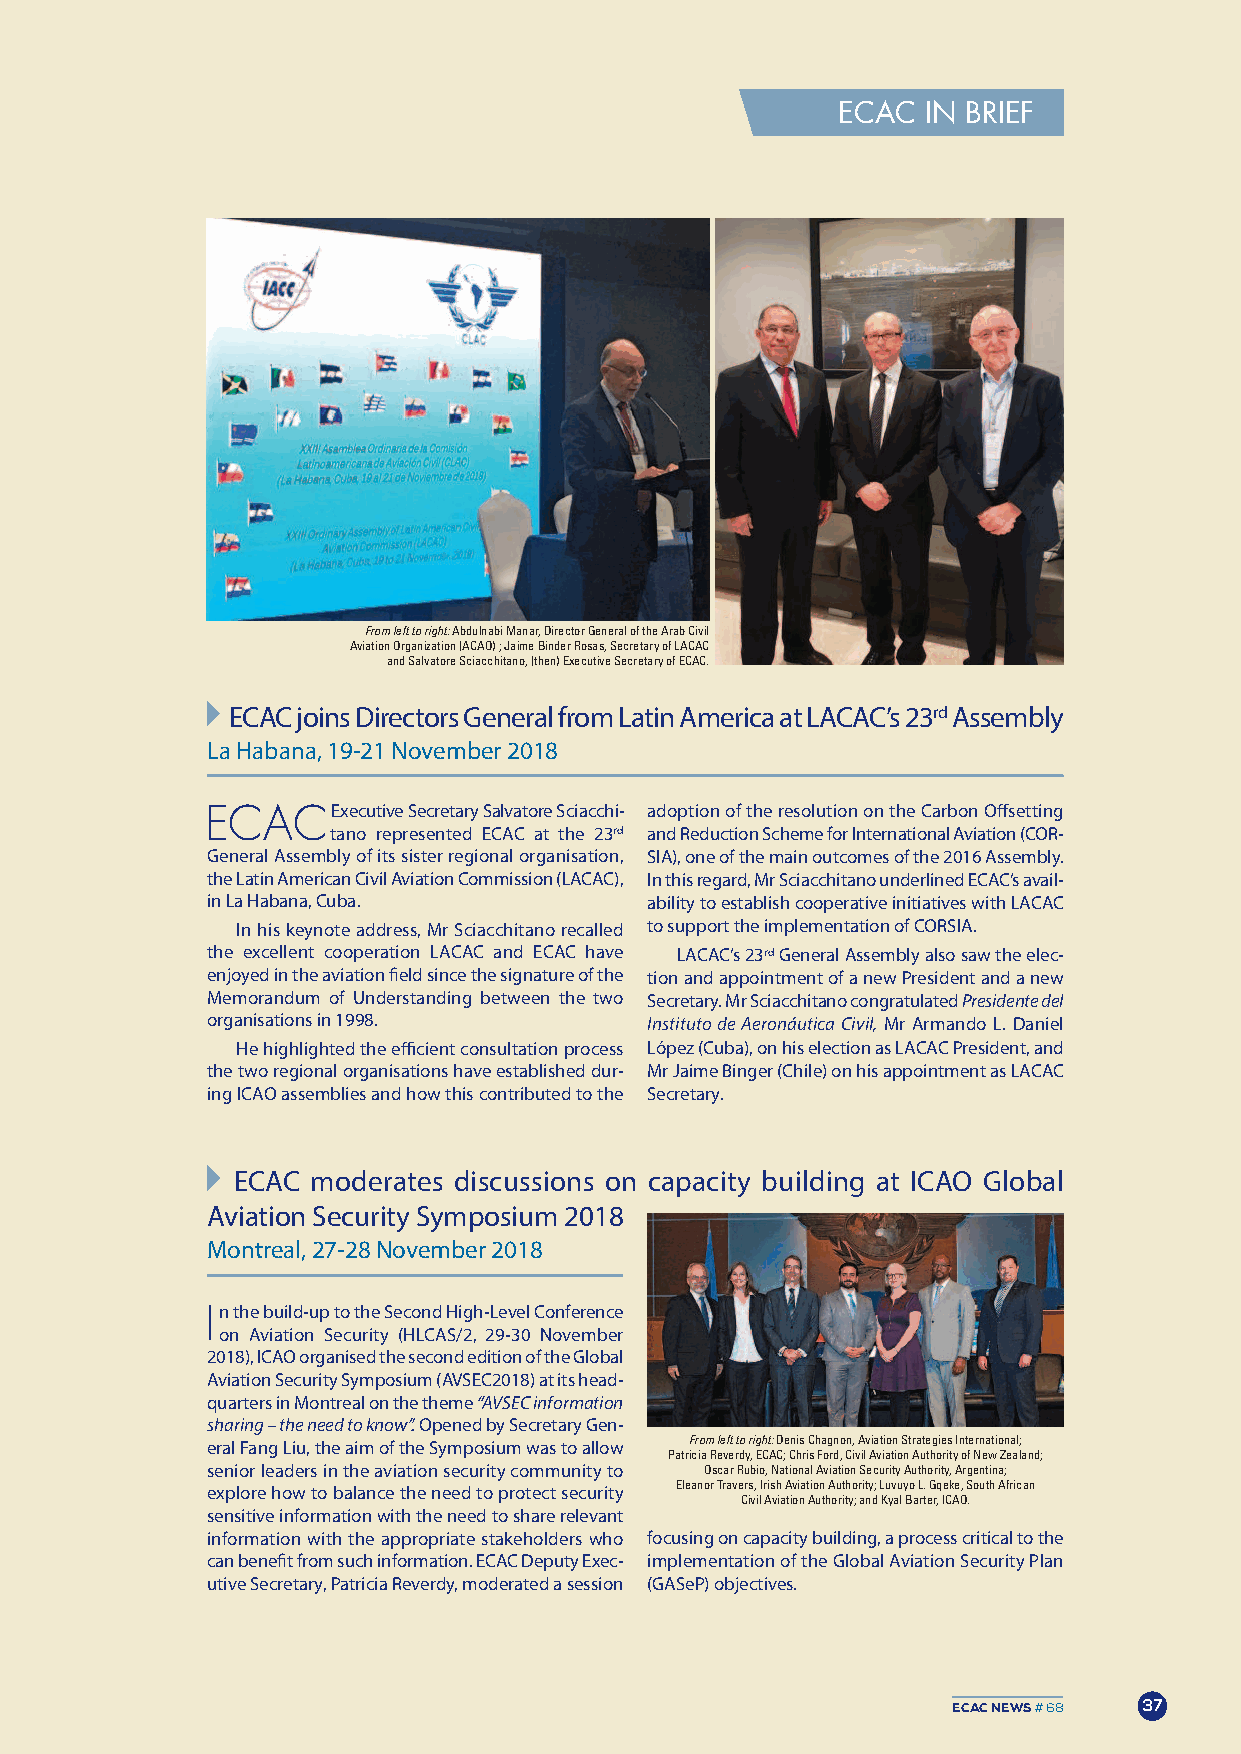
ECAC  IN BRIEF
 From left to right: Abdulnabi Manar, Director General of the Arab Civil
 Aviation Organization (ACAO) ; Jaime Binder Rosas, Secretary of LACAC
 and Salvatore Sciacchitano, (then) Executive Secretary of ECAC.
 ECAC joins Directors General from Latin America at LACAC’s 23rdAssembly
 La Habana, 19-21 November 2018
 ECACExecutive Secretary SalvatoreSciacchi- adoption of the resolution on the Carbon offsetting
 tano represented ECAC at the 23rd and Reduction Scheme for International Aviation (CoR-
 General Assembly of its sister regional organisation, SIA), one of the main outcomes of the 2016 Assembly.
 the Latin American Civil Aviation Commission (LACAC), In this regard, mr Sciacchitano underlined ECAC’s avail-
 in La Habana, Cuba.          ability to establish cooperative initiatives with LACAC
 In his keynote address, mr Sciacchitano recalled to support the implementation of CoRSIA.
 the excellent cooperation LACAC and ECAC have LACAC’s 23rdGeneral Assembly also saw the elec-
 enjoyed in the aviation field since the signature of the tion and appointment of a new President and a new
 memorandum of Understanding between the two Secretary. mr Sciacchitano congratulated Presidente del
 organisations in 1998.       Instituto de Aeronáutica Civil, mr Armando L. Daniel
 He highlighted the efficient consultation process López (Cuba), on his election as LACAC President, and
 the two regional organisations have established dur- mr Jaime Binger (Chile) on his appointment as LACAC
 ing ICAo assemblies and how this contributed to the Secretary.
 ECAC  moderates discussions on capacity building at ICAo Global
 Aviation Security Symposium 2018
 montreal, 27-28 November 2018
 In the build-up to the Second High-Level Conference
 on Aviation Security (HLCAS/2, 29-30 November
 2018), ICAo organised the second edition of the Global
 Aviation Security Symposium (AVSEC2018) at its head-
 quarters in montreal on the theme “AVSEC information
 sharing – the need to know”.opened by Secretary Gen-
 eral fang Liu, the aim of the Symposium was to allow From left to right: Denis Chagnon, Aviation Strategies International;
 Patricia Reverdy, ECAC; Chris Ford, Civil Aviation Authority of New Zealand;
 senior leaders in the aviation security community to Oscar Rubio, National Aviation Security Authority, Argentina;
 explore how to balance the need to protect security Eleanor Travers, Irish Aviation Authority; Luvuyo L. Gqeke, South African
 Civil Aviation Authority; and Kyal Barter, ICAO.
 sensitive information with the need to share relevant
 information with the appropriate stakeholders who focusing on capacity building, a process critical to the
 can benefit from such information. ECAC Deputy Exec- implementation of the Global Aviation Security Plan
 utive Secretary, Patricia Reverdy, moderated a session (GASeP) objectives.
 ECAC NEWS# 68 37